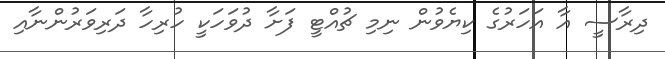
ދިރާސީ އާ އަހަރުގެ ކިޔެވުން ނިމި ޗުއްޓީ ފަށާ ދުވަހަކީ ހުރިހާ ދަރިވަރުންނާއި